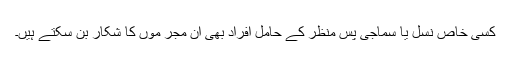
کسی خاص نسل یا سماجی پس منظر کے حامل افراد بھی ان مجر موں کا شکار بن سکتے ہیں۔